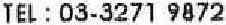
TEL : 03-3271 9872